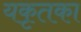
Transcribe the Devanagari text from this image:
यकृतका